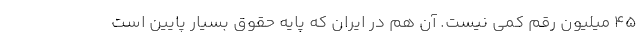
45 میلیون رقم کمی نیست. آن هم در ایران که پایه حقوق بسیار پایین است